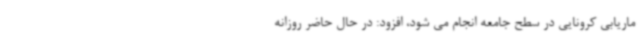
ماریابی کرونایی در سطح جامعه انجام می شود، افزود: در حال حاضر روزانه